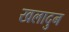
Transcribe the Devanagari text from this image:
खलादुन